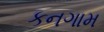
કનગામ